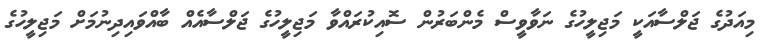
މިއަދުގެ ޖަލްސާއަކީ މަޖިލީހުގެ ނަވާވީސް މެންބަރުން ސޮއިކުރައްވާ މަޖިލީހުގެ ޖަލްސާއެއް ބާއްވައިދިނުމަށް މަޖިލީހުގެ